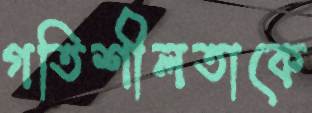
গতিশীলতাকে